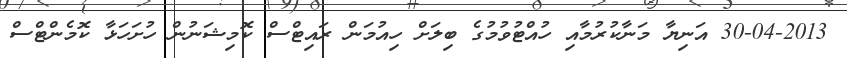
30-04-2013 އަނިޔާ މަނާކުރުމާއި ހުއްޓުވުމުގެ ބިލަށް ހިއުމަން ރައިޓްސް ކޮމިޝަނުން ހުށަހަޅާ ކޮމެންޓްސް